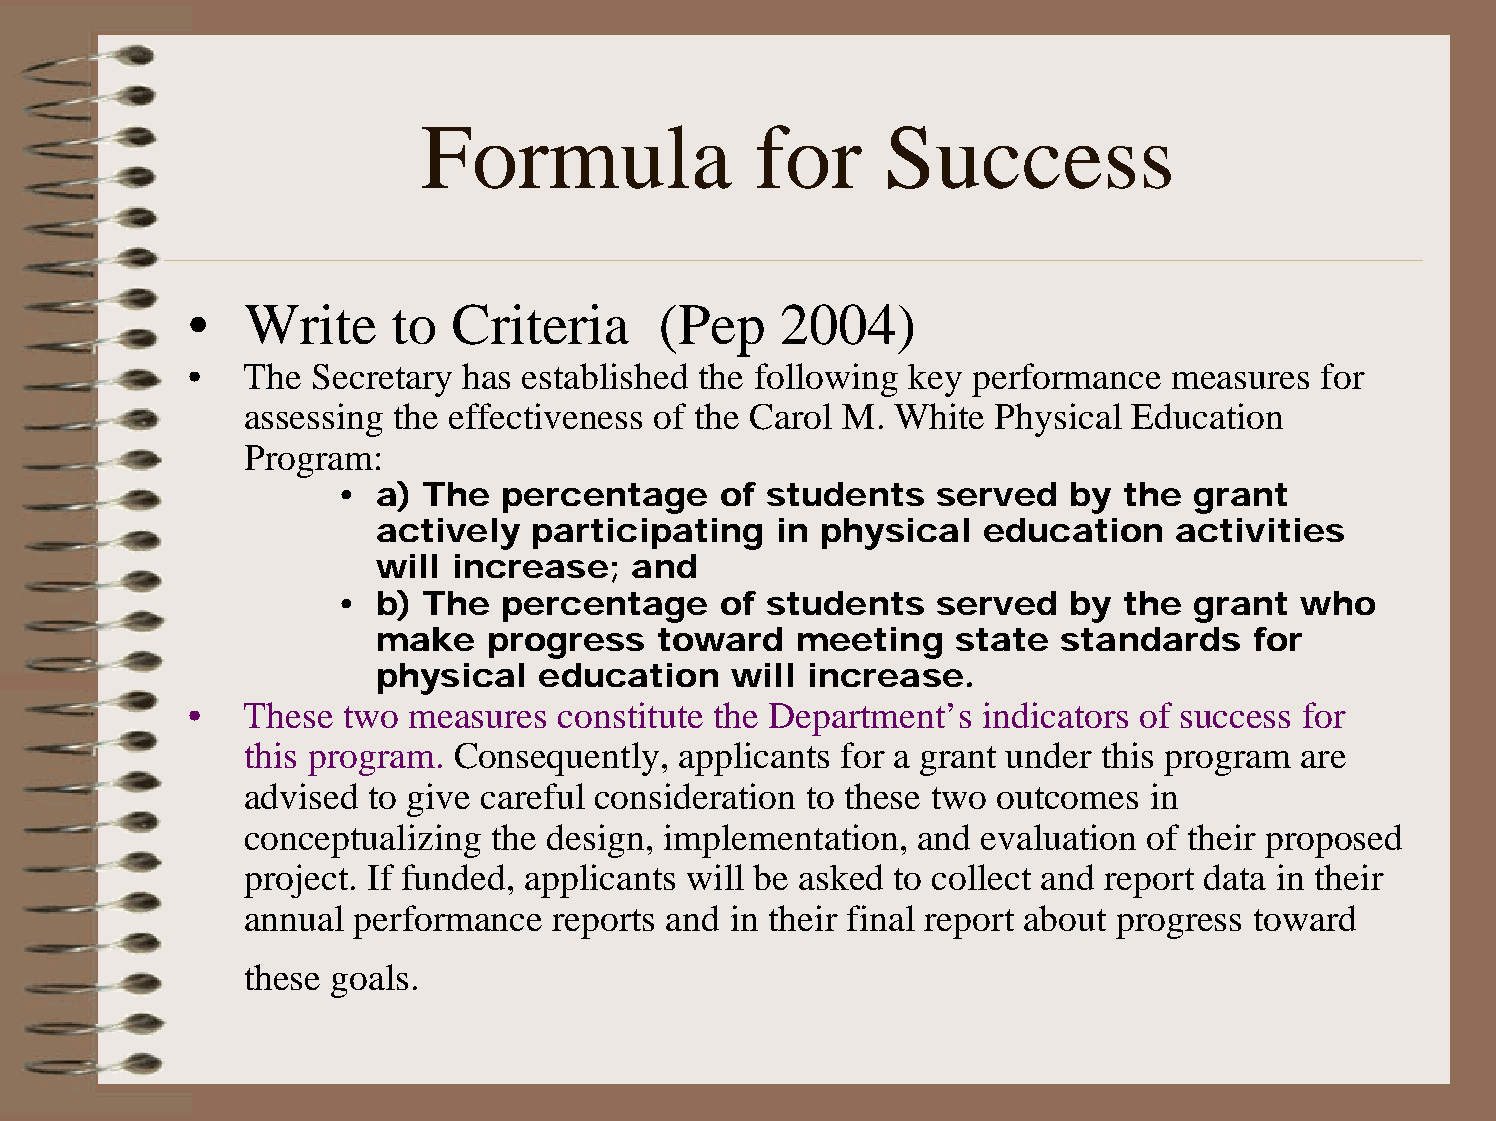
Formula               for      Success
 •  Write     to  Criteria      (Pep    2004)
 •  The  Secretary has established the following key performance  measures  for
 assessing the effectiveness of the Carol M. White Physical Education
 Program:
 •  a) The  percentage     of students   served   by the  grant
 actively  participating   in physical   education    activities
 will increase;   and
 •  b) The  percentage     of students   served   by the  grant  who
 make   progress    toward   meeting   state  standards    for
 physical   education   will  increase.
 •  These  two measures  constitute the Department’s indicators of success for
 this program. Consequently,  applicants for a grant under this program are
 advised to give careful consideration to these two outcomes in
 conceptualizing  the design, implementation, and evaluation of their proposed
 project. If funded, applicants will be asked to collect and report data in their
 annual  performance  reports and in their final report about progress toward
 these goals.